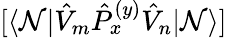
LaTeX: [\langle\mathcal{N}|\hat{{V}}_{m}\hat{{P}}_{x}^{(y)}\hat{{V}}_{n}|\mathcal{N}\rangle]